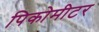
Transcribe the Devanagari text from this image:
पिकोमीटर